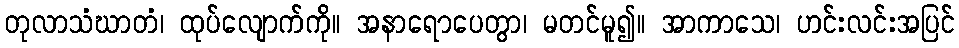
တုလာသံဃာတံ၊ ထုပ်လျောက်ကို။ အနာရောပေတွာ၊ မတင်မူ၍။ အာကာသေ၊ ဟင်းလင်းအပြင်